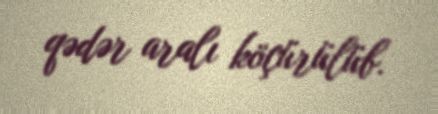
qədər aralı köçürülüb.